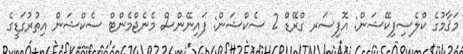
މަޤާމުގެ ކްލެސިފިކޭޝަން: އޮފިސަރ ގްރޭޑް 2 ސެކްޝަން: ފައިނޭންސް މެނެޖްމެންޓް ސެކްޝަން އިތުރުގަޑީގެ